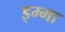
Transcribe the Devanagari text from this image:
इम्मा